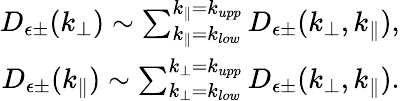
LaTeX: \begin{array}{r}{D_{\epsilon\pm}(k_{\perp})\sim\sum_{k_{\parallel}=k_{low}}^{k_{\parallel}=k_{upp}}D_{\epsilon\pm}(k_{\perp},k_{\parallel}),}\\ {D_{\epsilon\pm}(k_{\parallel})\sim\sum_{k_{\perp}=k_{low}}^{k_{\perp}=k_{upp}}D_{\epsilon\pm}(k_{\perp},k_{\parallel}).}\end{array}